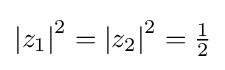
\left|z_{1}\right|^{2}=\left|z_{2}\right|^{2}={\tfrac {1}{2}}